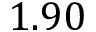
1 . 9 0